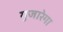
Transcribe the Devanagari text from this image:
गुजारेगा